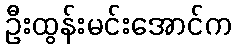
ဦးထွန်းမင်းအောင်က